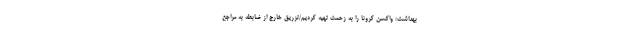
بهداشت: واکسن کرونا را به زحمت تهیه کردیم/تزریق خارج از ضابطه به مراجع